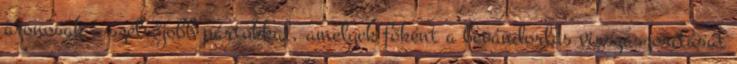
azonosak a szélsőjobb pártokkal, amelyek főként a bevándorlás visszaszorítását